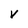
Character: v